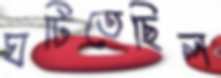
ঘটিতেছিল